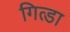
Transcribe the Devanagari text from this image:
गित्डा